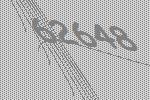
62648